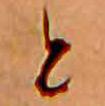
と